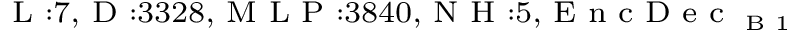
_ { \textrm { L } : 7 , \textrm { D } : 3 3 2 8 , \textrm { M L P } : 3 8 4 0 , \textrm { N H } : 5 , \textrm { E n c D e c } _ { \textrm { B } 1 } }